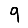
Digit: 9